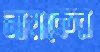
নায়কের